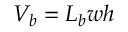
V _ { b } = L _ { b } w h